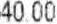
40.00